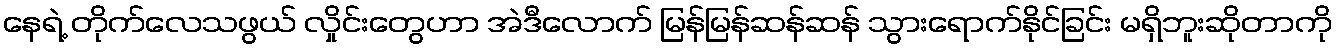
နေရဲ့ တိုက်လေသဖွယ် လှိုင်းတွေဟာ အဲဒီလောက် မြန်မြန်ဆန်ဆန် သွားရောက်နိုင်ခြင်း မရှိဘူးဆိုတာကို